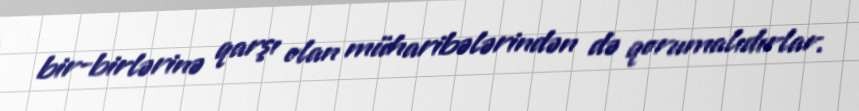
bir-birlərinə qarşı olan müharibələrindən də qorumalıdırlar.